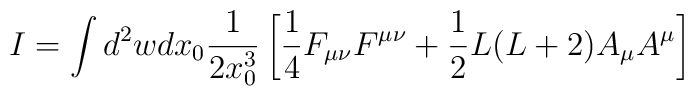
I= \int d^2w dx_0\frac{1}{2x_0^3}\left[\frac14 F_{\mu\nu}F^{\mu\nu} + \frac12 L(L+2)A_{\mu}A^{\mu}\right]